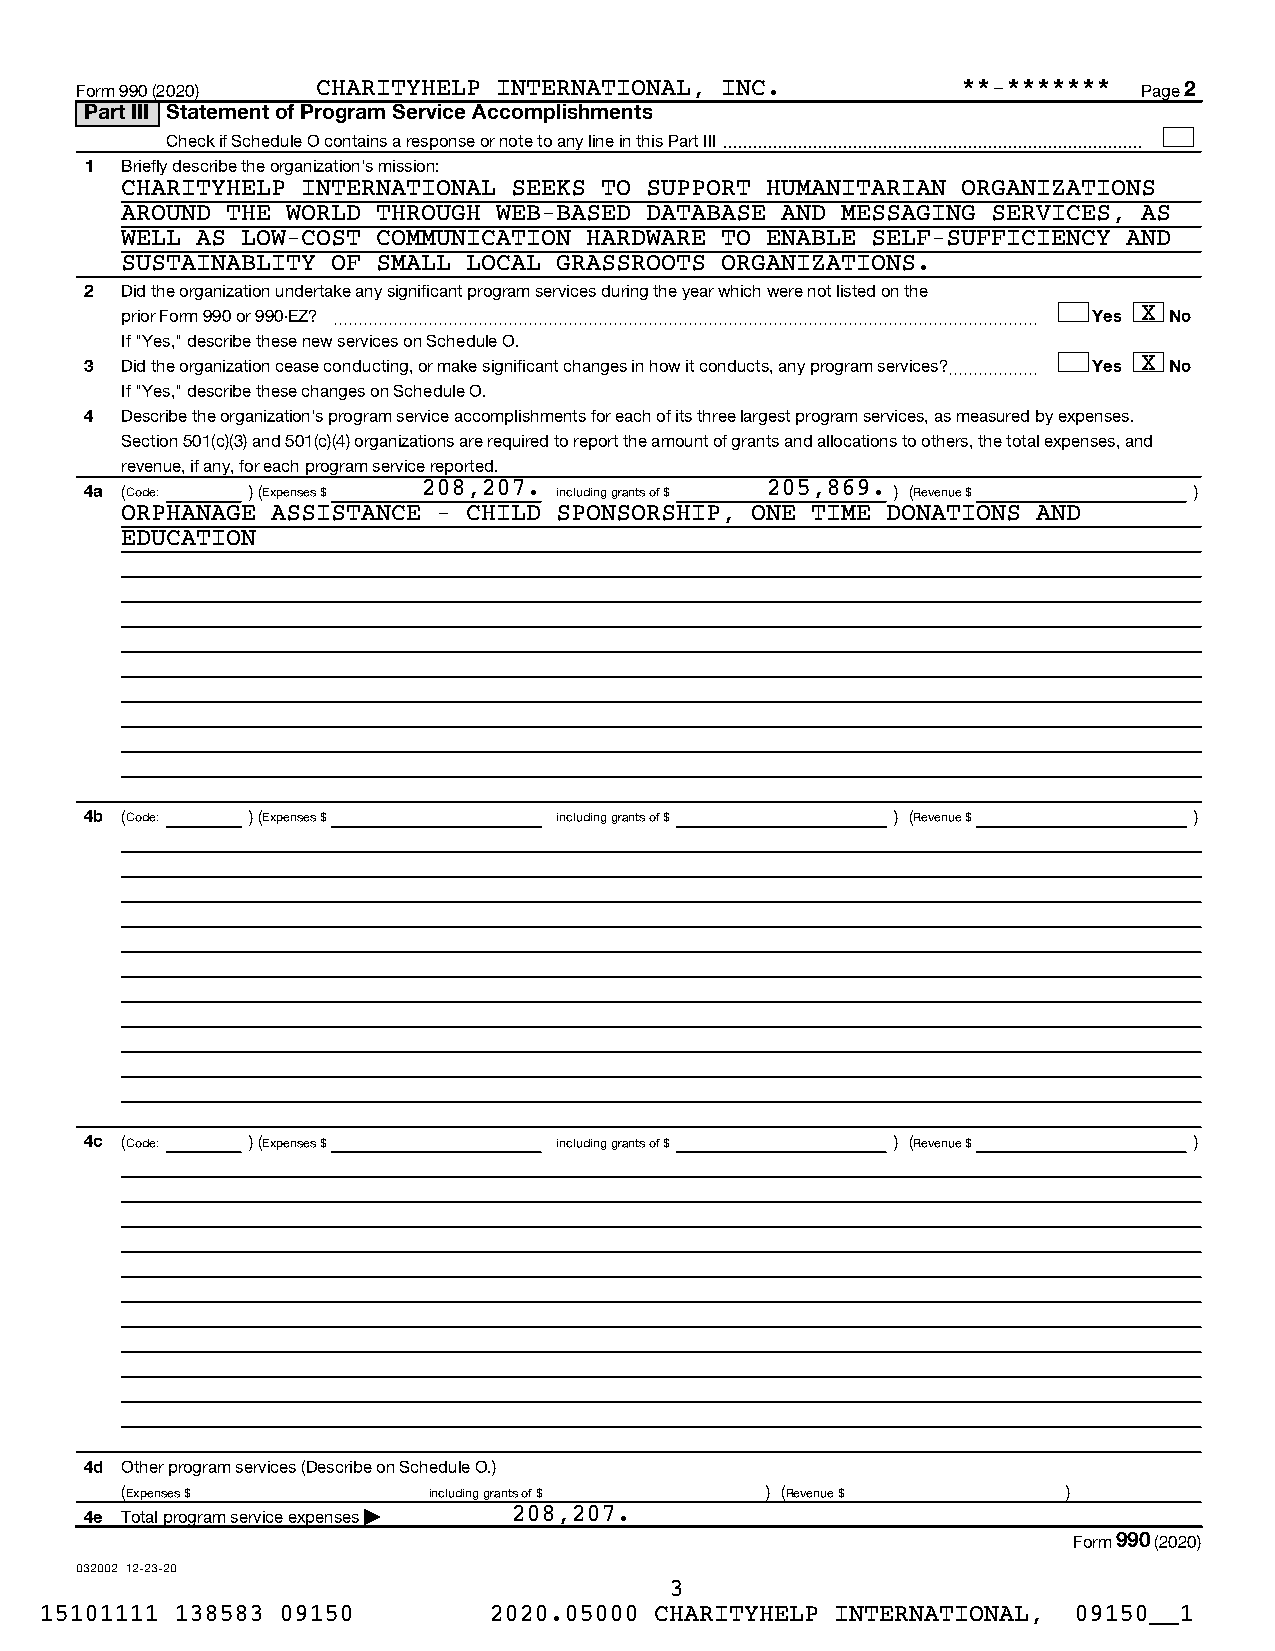
Form 990 (2020) CHARITYHELP INTERNATIONAL, INC.            **-*******  Page 2
 Part III Statement of Program Service Accomplishments
 Check if Schedule O contains a response or note to any line in this Part III †
 1 Briefly describe the organization's mission:
 CHARITYHELP INTERNATIONAL SEEKS TO SUPPORT HUMANITARIAN ORGANIZATIONS
 AROUND THE WORLD THROUGH WEB-BASED DATABASE AND MESSAGING SERVICES, AS
 WELL AS LOW-COST COMMUNICATION HARDWARE TO ENABLE SELF-SUFFICIENCY AND
 SUSTAINABLITY OF SMALL LOCAL GRASSROOTS ORGANIZATIONS.
 2 Did the organization undertake any significant program services during the year which were not listed on the
 prior Form 990 or 990-EZ? ~~~~~~~~~~~~~~~~~~~~~~~~~~~~~~~~~~~~~~~~~~~~~~~ †Yes†X No
 If "Yes," describe these new services on Schedule O.
 3 Did the organization cease conducting, or make significant changes in how it conducts, any program services?~~~~~~ †Yes†X No
 If "Yes," describe these changes on Schedule O.
 4 Describe the organization's program service accomplishments for each of its three largest program services, as measured by expenses.
 Section 501(c)(3) and 501(c)(4) organizations are required to report the amount of grants and allocations to others, the total expenses, and
 revenue, if any, for each program service reported.
 4a (Code: ) (Expenses $ 208,207. including grants of $ 205,869. ) (Revenue $ )
 ORPHANAGE ASSISTANCE - CHILD SPONSORSHIP, ONE TIME DONATIONS AND
 EDUCATION
 4b (Code: ) (Expenses $        including grants of $ ) (Revenue $        )
 4c (Code: ) (Expenses $        including grants of $ ) (Revenue $        )
 4d Other program services (Describe on Schedule O.)
 (Expenses $         including grants of $  ) (Revenue $        )
 4e Total program service expenses | 208,207.
 Form 990 (2020)
 032002 12-23-20
 3
 15101111 138583 09150        2020.05000 CHARITYHELP INTERNATIONAL,  09150__1